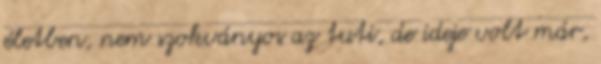
életben, nem szokványos az tuti, de ideje volt már,